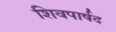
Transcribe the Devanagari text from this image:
शिवपार्षद